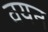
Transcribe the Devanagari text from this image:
वयन